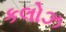
કલોઝ